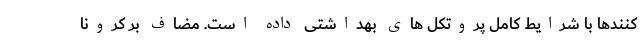
کنندها با شرایطِ کاملِ پروتکل های بهداشتی داده است. مضاف بر کرونا